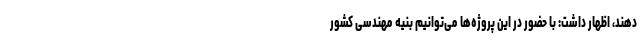
دهند، اظهار داشت: با حضور در این پروژه‌ها می‌توانیم بنیه مهندسی کشور